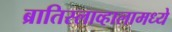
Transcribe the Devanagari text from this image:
ब्रातिस्लाव्हालामध्ये